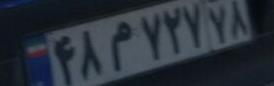
۴۸م۷۲۷۷۸